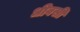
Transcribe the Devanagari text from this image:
धीवसी